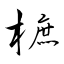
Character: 樜